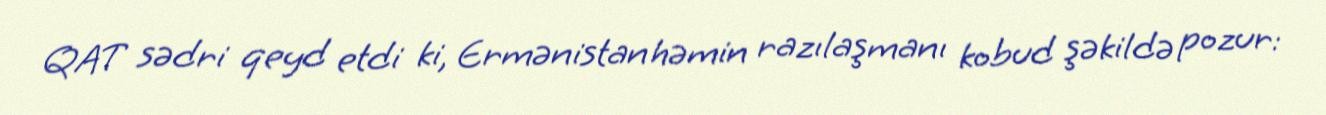
QAT sədri qeyd etdi ki, Ermənistan həmin razılaşmanı kobud şəkildə pozur: